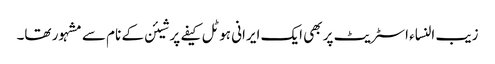
زیب النساء اسٹریٹ پر بھی ایک ایرانی ہوٹل کیفے پرشیئن کے نام سے مشہور تھا۔